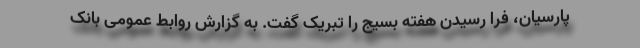
پارسیان، فرا رسیدن هفته بسیج را تبریک گفت. به گزارش روابط عمومی بانک